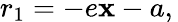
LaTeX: r_{1}=-e\mathbf{x}-a,\,